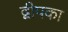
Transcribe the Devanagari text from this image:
द्वीपका